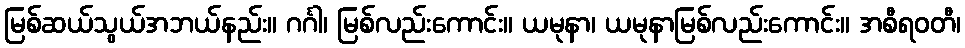
မြစ်ဆယ်သွယ်အဘယ်နည်း။ ဂင်္ဂါ၊ မြစ်လည်းကောင်း။ ယမုနာ၊ ယမုနာမြစ်လည်းကောင်း။ အစီရဝတီ၊